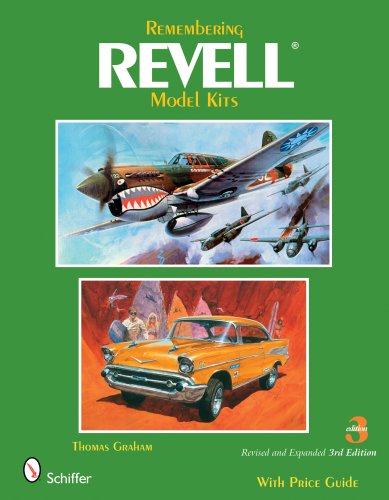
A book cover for Remembering Revell Model Kits; Thomas Graham; Crafts, Hobbies & Home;